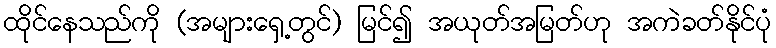
ထိုင်နေသည်ကို (အများရှေ့တွင်) မြင်၍ အယုတ်အမြတ်ဟု အကဲခတ်နိုင်ပုံ